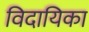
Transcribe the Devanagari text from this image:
विदायिका